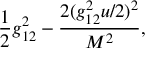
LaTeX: { \frac { 1 } { 2 } } g _ { 1 2 } ^ { 2 } - { \frac { 2 ( g _ { 1 2 } ^ { 2 } u / 2 ) ^ { 2 } } { M ^ { 2 } } } ,